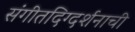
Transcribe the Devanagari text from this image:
संगीतदिग्दर्शनाची